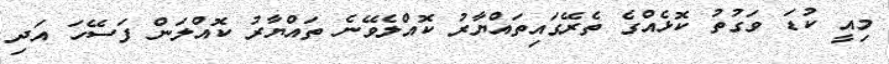
މިއީ ކުޑަ ވަގުތު ކޮޅެއްގެ ތެރޭގައިތައްޔާރު ކޮއްލެވޭނެ ތައްޔާރު ކޮއްލަން ފަސޭހަ އަދި